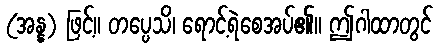
(အန္န) ဖြင့်။ တပ္ပေသိ၊ ရောင့်ရဲစေအပ်၏။ ဤဂါထာတွင်